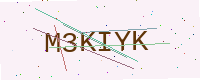
Text: M3KIYK